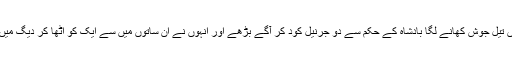
دیگ میں تیل جوش کھانے لگا بادشاہ کے حکم سے دو جرنیل کود کر آگے بڑھے اور انہوں نے ان ساتوں میں سے ایک کو اٹھا کر دیگ میں الٹا دیا ۔